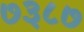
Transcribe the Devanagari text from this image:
७३८७